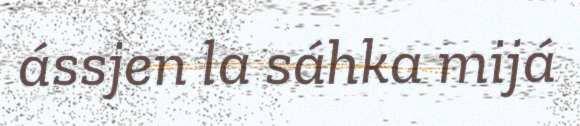
ássjen la sáhka mijá